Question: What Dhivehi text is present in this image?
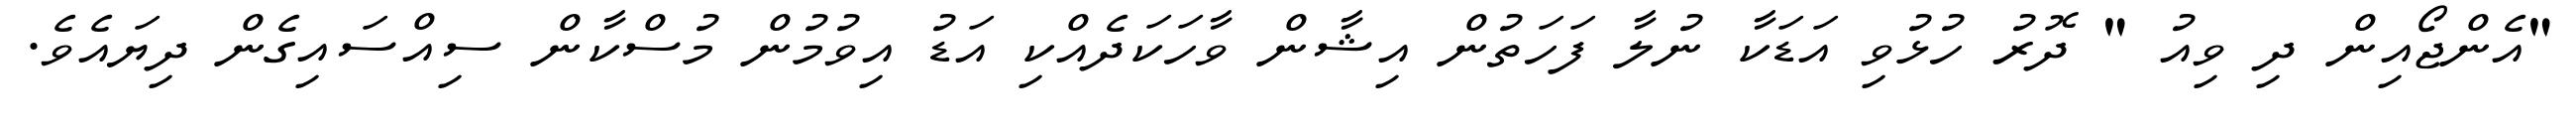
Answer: "އެންޖޯއިން ދި ވިއު " ދޮރު ހުޅުވި އަޑަކާ ނުލާ ފަހަތުން އިޝާން ވާހަކަދެއްކި އަޑު އިވުމުން މުސްކާން ސިއްސައިގެން ދިޔައެވެ.